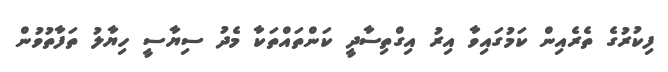
ފިކުރުގެ ތެރެއިން ކަމުގައިވާ އިރު އިގްތިސާދީ ކަންތައްތަކާ މެދު ސިޔާސީ ހިޔާލު ތަފާތުވުން